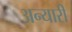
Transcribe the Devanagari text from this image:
अन्यारी